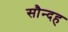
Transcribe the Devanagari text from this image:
सौन्दह